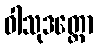
ဝါသုဒတ္တော